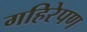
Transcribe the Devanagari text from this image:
गहिरेपण